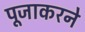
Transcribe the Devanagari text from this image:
पूजाकरने